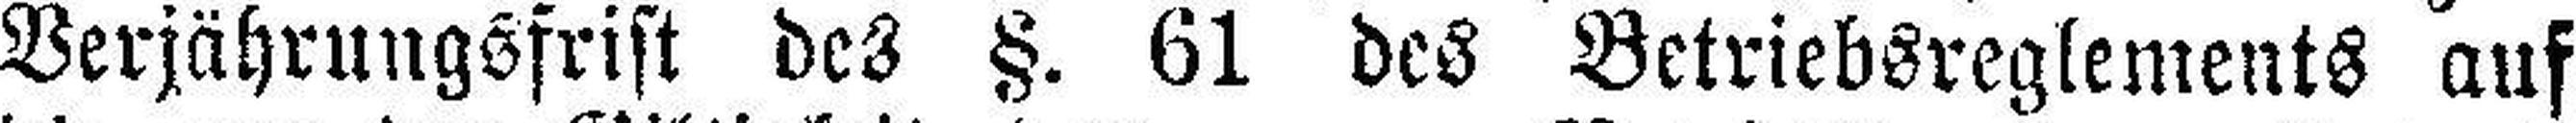
Verjährungsfrist des §. 61 des Betriebsreglements auf